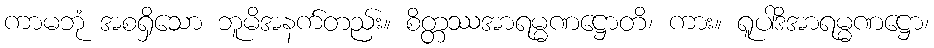
ကာမဘုံ အစရှိသော ဘူမိအနက်တည်း။ စိတ္တဿအာရမ္မဏဋ္ဌောတိ၊ ကား။ ရူပါဒိအာရမ္မဏဋ္ဌော၊